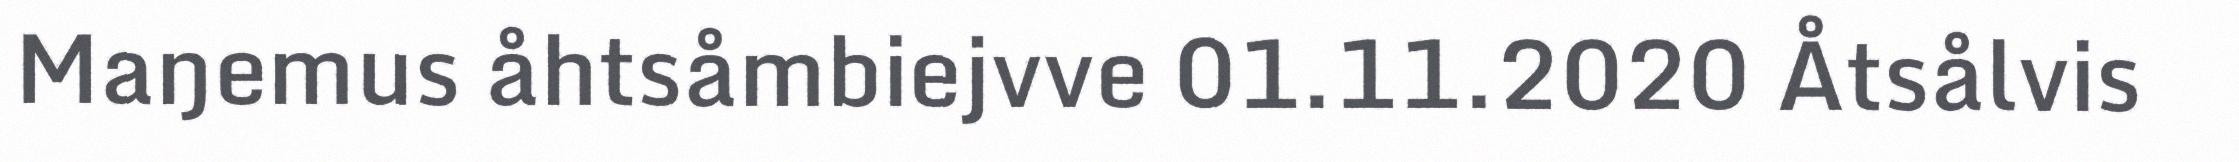
Maŋemus åhtsåmbiejvve 01.11.2020 Åtsålvis